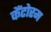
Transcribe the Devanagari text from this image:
कैंटोरम